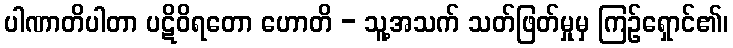
ပါဏာတိပါတာ ပဋိဝိရတော ဟောတိ - သူ့အသက် သတ်ဖြတ်မှုမှ ကြဉ်ရှောင်၏၊